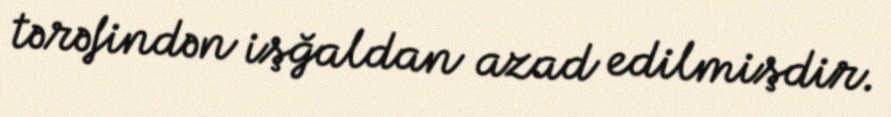
tərəfindən işğaldan azad edilmişdir.